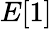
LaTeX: E[1]